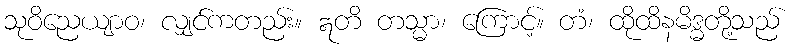
သုဝိညေယျာဝ၊ လျှင်ကတည်း။ ဣတိ တသ္မာ၊ ကြောင့်။ တံ၊ ထိုထိနမိဒ္ဓတို့သည်